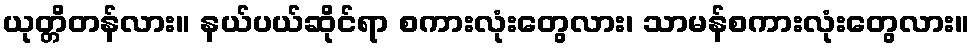
ယုတ္တိတန်လား။ နယ်ပယ်ဆိုင်ရာ စကားလုံးတွေလား၊ သာမန်စကားလုံးတွေလား။